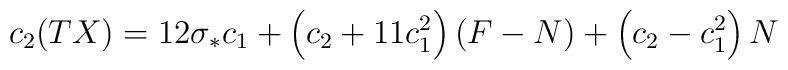
c_{2}(TX) = 12 \sigma_{*} c_{1} + \left( c_{2} + 11c^{2}_{1} \right)(F-N)             + \left( c_{2} - c^{2}_{1} \right) N